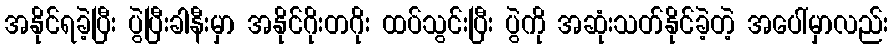
အနိုင်ရခဲ့ပြီး ပွဲပြီးခါနီးမှာ အနိုင်ဂိုးတဂိုး ထပ်သွင်းပြီး ပွဲကို အဆုံးသတ်နိုင်ခဲ့တဲ့ အပေါ်မှာလည်း